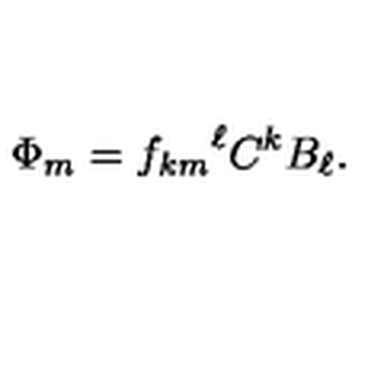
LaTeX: \Phi _ { m } = { f _ { k m } } ^ { \ell } C ^ { k } B _ { \ell } .